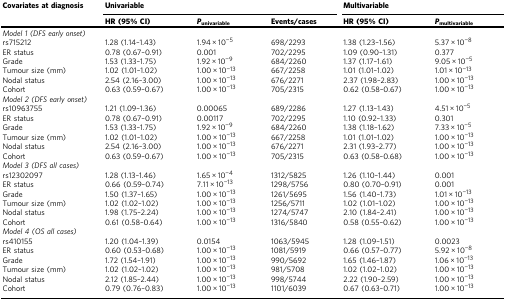
<table><thead><tr><td rowspan="2"><b>Covariates at diagnosis</b></td><td colspan="3"><b>Univariable</b></td><td colspan="2"><b>Multivariable</b></td></tr><tr><td><b>HR (95% CI)</b></td><td><b><i>P</i><sub>univariable</sub></b></td><td><b>Events/cases</b></td><td><b>HR (95% CI)</b></td><td><b><i>P</i><sub>multivariable</sub></b></td></tr></thead><tbody><tr><td colspan="6"><i>Model 1 (DFS early onset)</i></td></tr><tr><td>rs715212</td><td>1.28 (1.14–1.43)</td><td>1.94 × 10<sup>−5</sup></td><td>698/2293</td><td>1.38 (1.23–1.56)</td><td>5.37 × 10<sup>−8</sup></td></tr><tr><td>ER status</td><td>0.78 (0.67–0.91)</td><td>0.001</td><td>702/2295</td><td>1.09 (0.90–1.31)</td><td>0.377</td></tr><tr><td>Grade</td><td>1.53 (1.33–1.75)</td><td>1.92 × 10<sup>−9</sup></td><td>684/2260</td><td>1.37 (1.17–1.61)</td><td>9.05 × 10<sup>−5</sup></td></tr><tr><td>Tumour size (mm)</td><td>1.02 (1.01–1.02)</td><td>1.00 × 10<sup>−13</sup></td><td>667/2258</td><td>1.01 (1.01–1.02)</td><td>1.01 × 10<sup>−13</sup></td></tr><tr><td>Nodal status</td><td>2.54 (2.16–3.00)</td><td>1.00 × 10<sup>−13</sup></td><td>676/2271</td><td>2.37 (1.98–2.83)</td><td>1.00 × 10<sup>−13</sup></td></tr><tr><td>Cohort</td><td>0.63 (0.59–0.67)</td><td>1.00 × 10<sup>−13</sup></td><td>705/2315</td><td>0.62 (0.58–0.67)</td><td>1.00 × 10<sup>−13</sup></td></tr><tr><td colspan="6"><i>Model 2 (DFS early onset)</i></td></tr><tr><td>rs10963755</td><td>1.21 (1.09–1.36)</td><td>0.00065</td><td>689/2286</td><td>1.27 (1.13–1.43)</td><td>4.51 × 10<sup>−5</sup></td></tr><tr><td>ER status</td><td>0.78 (0.67–0.91)</td><td>0.00117</td><td>702/2295</td><td>1.10 (0.92–1.33)</td><td>0.301</td></tr><tr><td>Grade</td><td>1.53 (1.33–1.75)</td><td>1.92 × 10<sup>−9</sup></td><td>684/2260</td><td>1.38 (1.18–1.62)</td><td>7.33 × 10<sup>−5</sup></td></tr><tr><td>Tumour size (mm)</td><td>1.02 (1.01–1.02)</td><td>1.00 × 10<sup>−13</sup></td><td>667/2258</td><td>1.01 (1.01–1.02)</td><td>1.00 × 10<sup>−13</sup></td></tr><tr><td>Nodal status</td><td>2.54 (2.16–3.00)</td><td>1.00 × 10<sup>−13</sup></td><td>676/2271</td><td>2.31 (1.93–2.77)</td><td>1.00 × 10<sup>−13</sup></td></tr><tr><td>Cohort</td><td>0.63 (0.59–0.67)</td><td>1.00 × 10<sup>−13</sup></td><td>705/2315</td><td>0.63 (0.58–0.68)</td><td>1.00 × 10<sup>−13</sup></td></tr><tr><td colspan="6"><i>Model 3 (DFS all cases)</i></td></tr><tr><td>rs12302097</td><td>1.28 (1.13–1.46)</td><td>1.65 × 10<sup>−4</sup></td><td>1312/5825</td><td>1.26 (1.10–1.44)</td><td>0.001</td></tr><tr><td>ER status</td><td>0.66 (0.59–0.74)</td><td>7.11 × 10<sup>−13</sup></td><td>1298/5756</td><td>0.80 (0.70–0.91)</td><td>0.001</td></tr><tr><td>Grade</td><td>1.50 (1.37–1.65)</td><td>1.00 × 10<sup>−13</sup></td><td>1261/5695</td><td>1.56 (1.40–1.73)</td><td>1.01 × 10<sup>−13</sup></td></tr><tr><td>Tumour size (mm)</td><td>1.02 (1.02–1.02)</td><td>1.00 × 10<sup>−13</sup></td><td>1256/5711</td><td>1.02 (1.01–1.02)</td><td>1.00 × 10<sup>−13</sup></td></tr><tr><td>Nodal status</td><td>1.98 (1.75–2.24)</td><td>1.00 × 10<sup>−13</sup></td><td>1274/5747</td><td>2.10 (1.84–2.41)</td><td>1.00 × 10<sup>−13</sup></td></tr><tr><td>Cohort</td><td>0.61 (0.58–0.64)</td><td>1.00 × 10<sup>−13</sup></td><td>1316/5840</td><td>0.58 (0.55–0.62)</td><td>1.00 × 10<sup>−13</sup></td></tr><tr><td colspan="6"><i>Model 4 (OS all cases)</i></td></tr><tr><td>rs410155</td><td>1.20 (1.04–1.39)</td><td>0.0154</td><td>1063/5945</td><td>1.28 (1.09–1.51)</td><td>0.0023</td></tr><tr><td>ER status</td><td>0.60 (0.53–0.68)</td><td>1.00 × 10<sup>−13</sup></td><td>1081/5919</td><td>0.66 (0.57–0.77)</td><td>5.92 × 10<sup>−8</sup></td></tr><tr><td>Grade</td><td>1.72 (1.54–1.91)</td><td>1.00 × 10<sup>−13</sup></td><td>990/5692</td><td>1.65 (1.46–1.87)</td><td>1.06 × 10<sup>−13</sup></td></tr><tr><td>Tumour size (mm)</td><td>1.02 (1.02–1.02)</td><td>1.00 × 10<sup>−13</sup></td><td>981/5708</td><td>1.02 (1.02–1.02)</td><td>1.00 × 10<sup>−13</sup></td></tr><tr><td>Nodal status</td><td>2.12 (1.85–2.44)</td><td>1.00 × 10<sup>−13</sup></td><td>998/5744</td><td>2.22 (1.90–2.59)</td><td>1.00 × 10<sup>−13</sup></td></tr><tr><td>Cohort</td><td>0.79 (0.76–0.83)</td><td>1.00 × 10<sup>−13</sup></td><td>1101/6039</td><td>0.67 (0.63–0.71)</td><td>1.00 × 10<sup>−13</sup></td></tr></tbody></table>